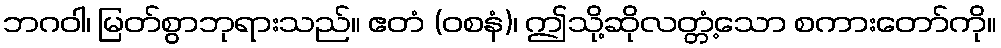
ဘဂဝါ၊ မြတ်စွာဘုရားသည်။ ဧတံ (ဝစနံ)၊ ဤသို့ဆိုလတ္တံ့သော စကားတော်ကို။